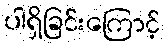
ပါရှိခြင်းကြောင့်